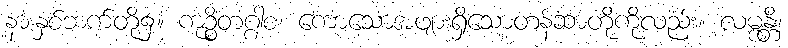
နားနှစ်ဘက်တို့၌။ ကုဉ္စိတဂ္ဂါစ၊ ကော့သောအဖျားရှိသောတန်ဆာတို့ကိုလည်း။ လမ္ဗန္တိ၊